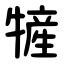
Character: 㹌